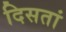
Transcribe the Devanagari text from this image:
दिसतां